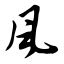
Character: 风